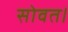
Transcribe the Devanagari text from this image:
सोवत।